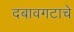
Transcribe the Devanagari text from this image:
दबावगटाचे